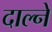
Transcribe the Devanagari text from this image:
दाल्ने